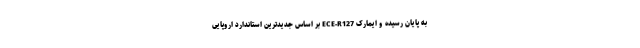
به پایان رسیده و ایمارک ECE-R127 بر اساس جدیدترین استاندارد اروپایی